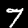
Label: 7